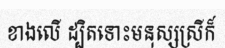
ខាងលើ ដ្បិតទោះមនុស្សស្រីក៏